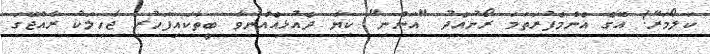
ކަލޯމަރޭ! އޭގެ އެންމެފުރަތަމަ ރޯނުއެދު "އަންނި" ކިޔާ ދެއުޅިއެއްނުވާ ބީތާކައިފަހުރި ޖާހިލަކު ރާއްޖޭގަ